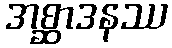
အစ္ဆာဒနဿ